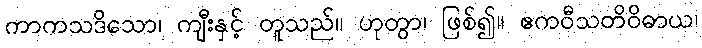
ကာကသဒိသော၊ ကျီးနှင့် တူသည်။ ဟုတွာ၊ ဖြစ်၍။ ဧကဝီသတိဝိဓာယ၊